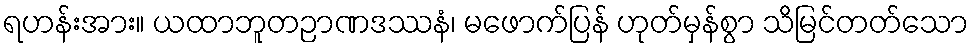
ရဟန်းအား။ ယထာဘူတဉာဏဒဿနံ၊ မဖောက်ပြန် ဟုတ်မှန်စွာ သိမြင်တတ်သော